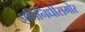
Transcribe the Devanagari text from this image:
प्रतिनिधींसमोर